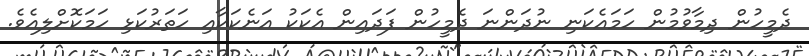
ދެމީހުން ދިމާވުމުން ހަމައެކަނި ނުދަންނަ ދެމީހުން ފަދައިން އެކަކު އަނެކަކާއި ހަތަރުކަޅި ހަމަކޮށްލިއެވެ.